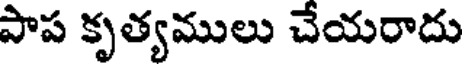
పాప కృత్యములు చేయరాదు